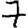
Digit: 7